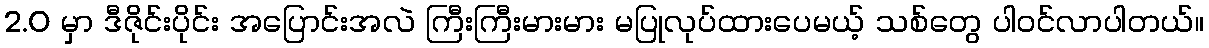
2.0 မှာ ဒီဇိုင်းပိုင်း အပြောင်းအလဲ ကြီးကြီးမားမား မပြုလုပ်ထားပေမယ့် သစ်တွေ ပါဝင်လာပါတယ်။